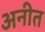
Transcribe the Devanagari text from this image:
अनीत